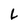
Character: L